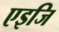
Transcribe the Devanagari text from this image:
एइजि